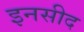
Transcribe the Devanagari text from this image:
इनसीद